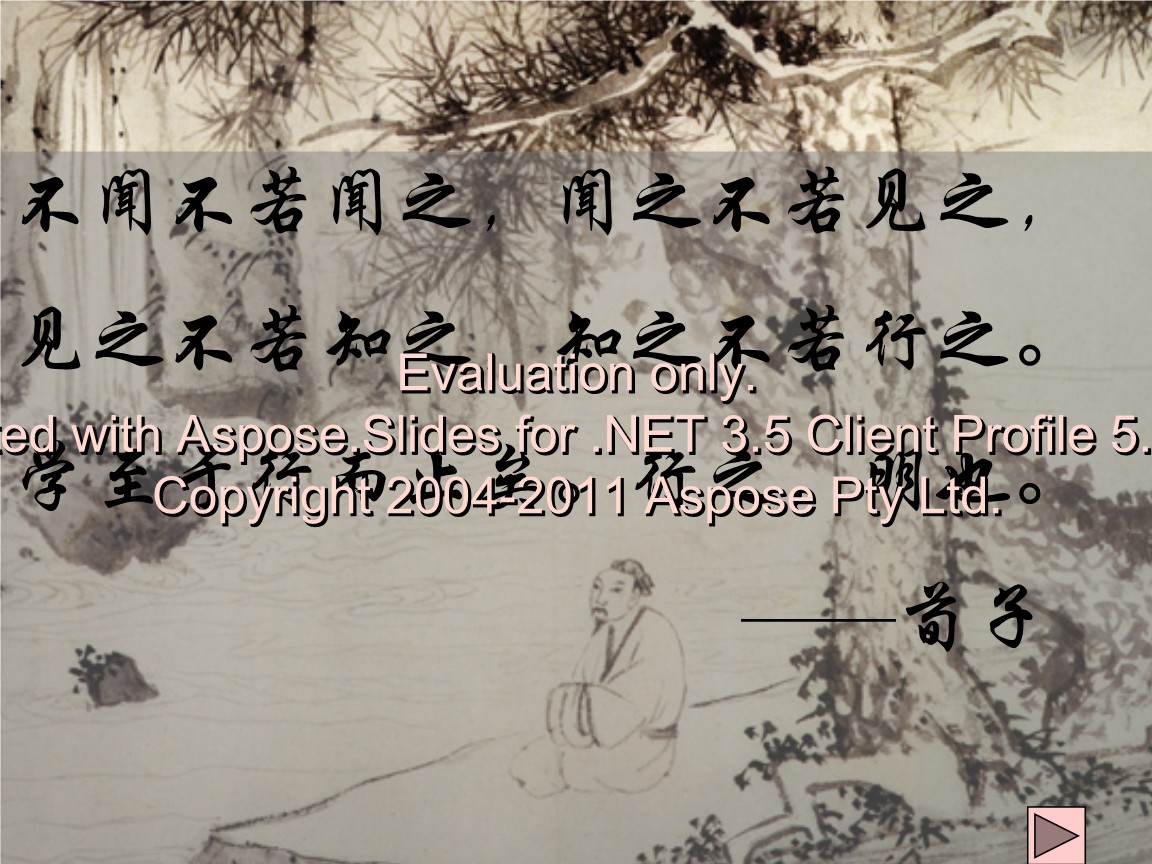
不闻不若闻之，闻之不若见之，见之不若知之，知之不若行之。